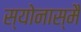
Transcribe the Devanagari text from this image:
स्योनास्मै